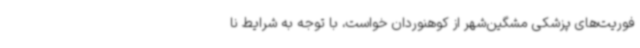
فوریت‌های پزشکی مشگین‌شهر از کوهنوردان خواست، با توجه به شرایط نا